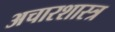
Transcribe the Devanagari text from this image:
अचारशास्त्र